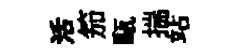
活笳甌揣站